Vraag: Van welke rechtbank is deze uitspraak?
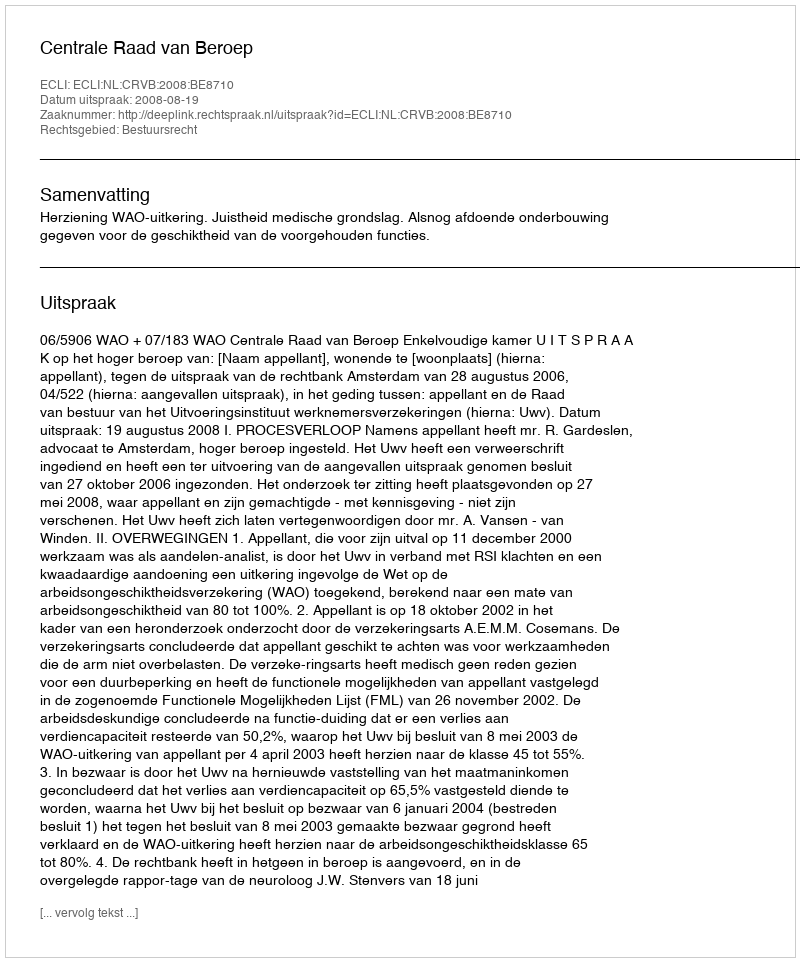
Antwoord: Centrale Raad van Beroep